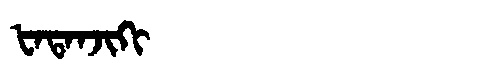
Manchu: ᡶᠠᡨᠠᠨᠵᡳᡴᡳ
Romanization: FATANJIKI